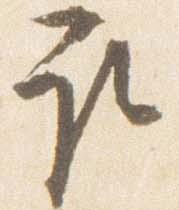
取